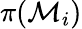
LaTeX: \pi({\cal M}_{i})